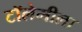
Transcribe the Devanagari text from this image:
टॉलेमीला